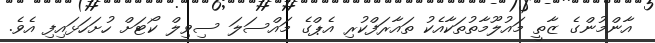
އާންމުންގެ ޒާތީ މައުލޫމާތުތަކާއެކު ތައާރަފްކުރި އެޕްގެ މައްސަލަ ސިވިލް ކޯޓަށް ހުށަހަޅައިފި އެވެ.